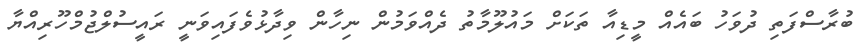
ބުރާސްފަތި ދުވަހު ބައެއް މީޑިއާ ތަކަށް މައުލޫމާތު ދެއްވަމުން ނިހާން ވިދާޅުވެފައިވަނީ ރައީސުލްޖުމްހޫރިއްޔާ